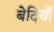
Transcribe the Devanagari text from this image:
बेदियाँ